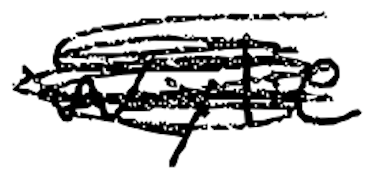
Text: Wylie
Cross-out: scratch
Writing tool: digital_black